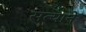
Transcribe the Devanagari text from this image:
सत्याने